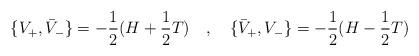
LaTeX: \begin{align*}\lbrace V_+, \bar V_-\rbrace = -{1\over 2} (H+{1\over 2}T)\quad ,\quad \lbrace \bar V_+, V_-\rbrace = - {1\over 2} (H-{1\over 2} T)\end{align*}